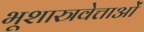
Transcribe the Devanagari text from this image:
भूशास्त्रवेत्ताओं